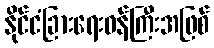
နိုင်ငံခြားရေးဝန်ကြီးအဖြစ်